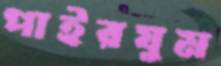
পাইরযুম